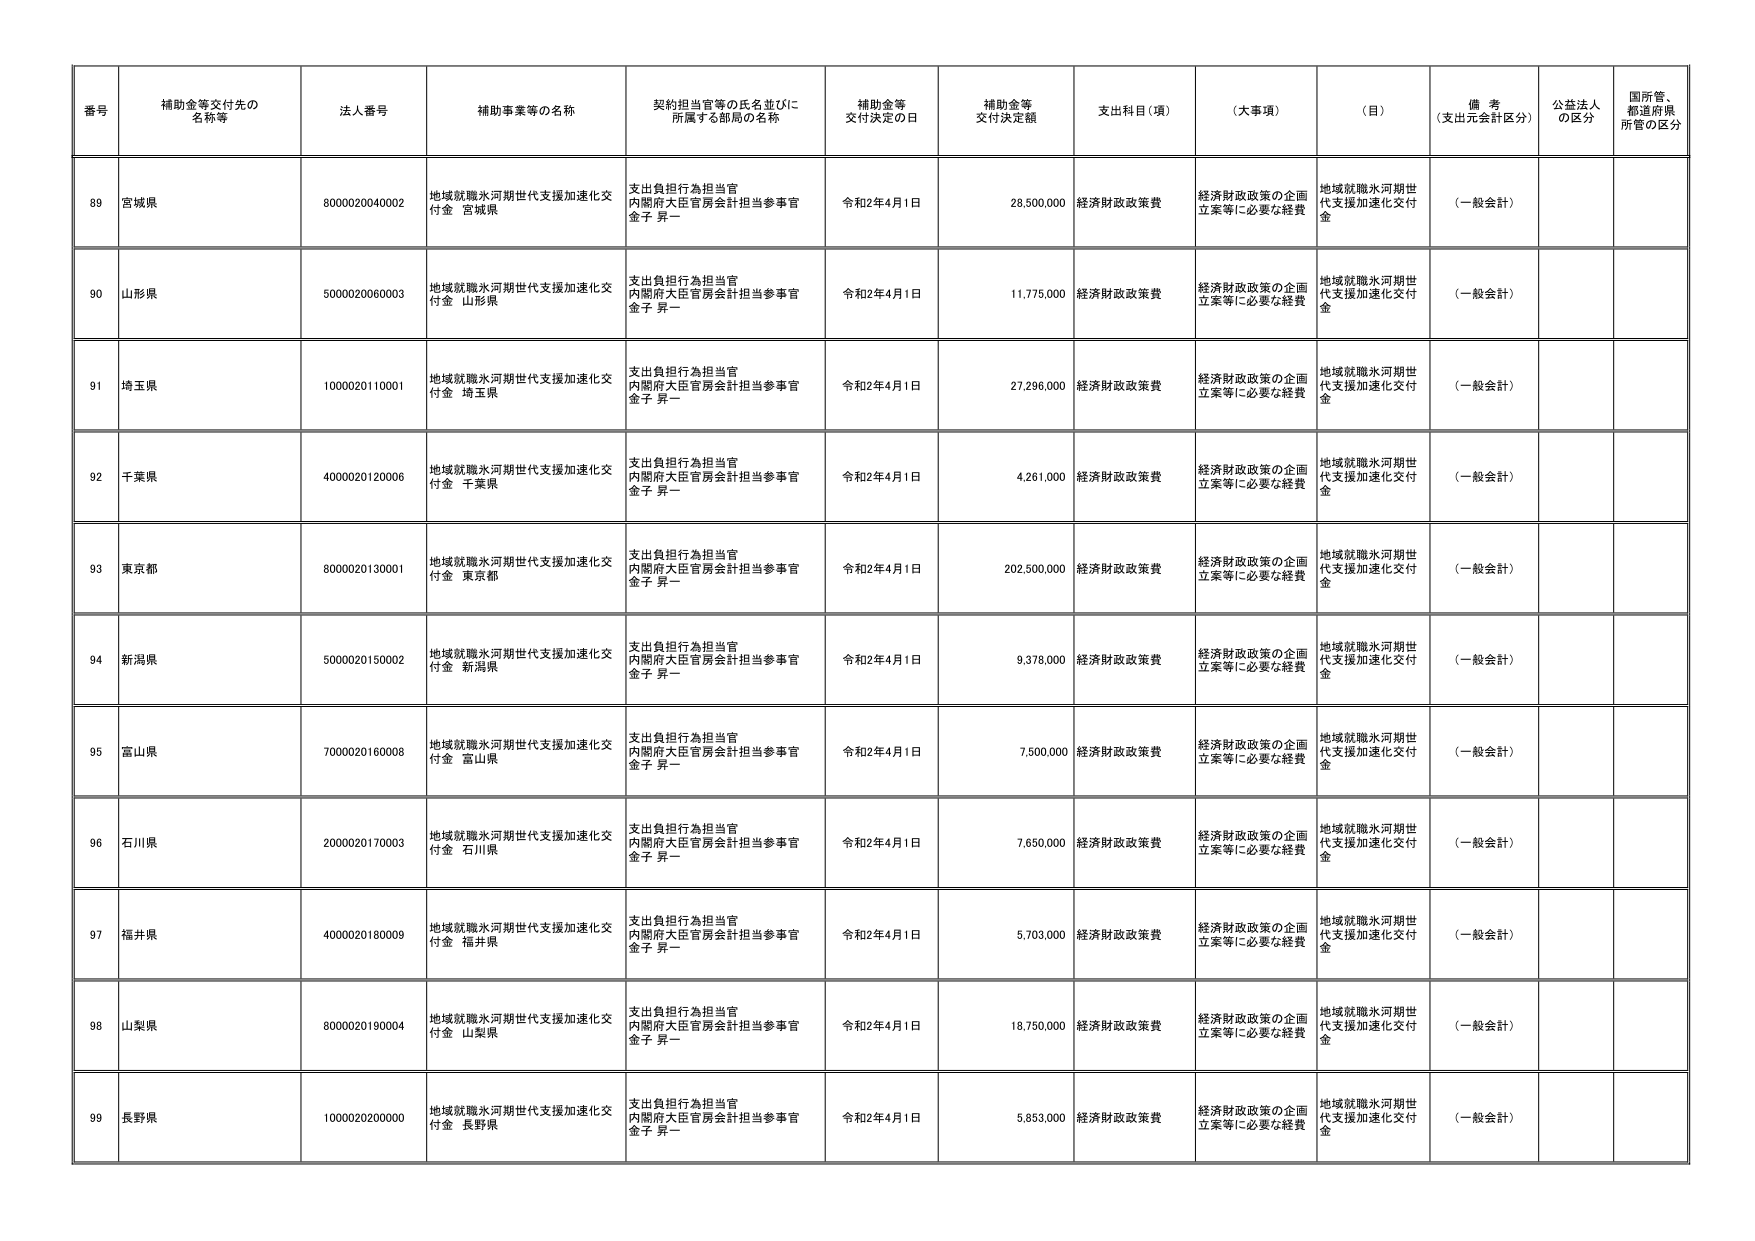
番号 補助金等交付先の名称等 法人番号 補助事業等の名称 契約担当官等の氏名並びに所属する部局の名称 補助金等交付決定の日 補助金等交付決定額 支出科目（項） （大事項） （目） 備考（支出元会計区分） 公益法人の区分 国所管、都道府県所管の区分
89 宮城県 8000020040002 地域就職氷河期世代支援加速化交付金 宮城県 支出負担行為担当官 内閣府大臣官房会計担当参事官 金子 昇一 令和2年4月1日 28,500,000 経済財政政策費 経済財政政策の企画立案等に必要な経費 地域就職氷河期世代支援加速化交付金 （一般会計）
90 山形県 5000020060003 地域就職氷河期世代支援加速化交付金 山形県 支出負担行為担当官 内閣府大臣官房会計担当参事官 金子 昇一 令和2年4月1日 11,775,000 経済財政政策費 経済財政政策の企画立案等に必要な経費 地域就職氷河期世代支援加速化交付金 （一般会計）
91 埼玉県 1000020110001 地域就職氷河期世代支援加速化交付金 埼玉県 支出負担行為担当官 内閣府大臣官房会計担当参事官 金子 昇一 令和2年4月1日 27,296,000 経済財政政策費 経済財政政策の企画立案等に必要な経費 地域就職氷河期世代支援加速化交付金 （一般会計）
92 千葉県 4000020120006 地域就職氷河期世代支援加速化交付金 千葉県 支出負担行為担当官 内閣府大臣官房会計担当参事官 金子 昇一 令和2年4月1日 4,261,000 経済財政政策費 経済財政政策の企画立案等に必要な経費 地域就職氷河期世代支援加速化交付金 （一般会計）
93 東京都 8000020130001 地域就職氷河期世代支援加速化交付金 東京都 支出負担行為担当官 内閣府大臣官房会計担当参事官 金子 昇一 令和2年4月1日 202,500,000 経済財政政策費 経済財政政策の企画立案等に必要な経費 地域就職氷河期世代支援加速化交付金 （一般会計）
94 新潟県 5000020150002 地域就職氷河期世代支援加速化交付金 新潟県 支出負担行為担当官 内閣府大臣官房会計担当参事官 金子 昇一 令和2年4月1日 9,378,000 経済財政政策費 経済財政政策の企画立案等に必要な経費 地域就職氷河期世代支援加速化交付金 （一般会計）
95 富山県 7000020160008 地域就職氷河期世代支援加速化交付金 富山県 支出負担行為担当官 内閣府大臣官房会計担当参事官 金子 昇一 令和2年4月1日 7,500,000 経済財政政策費 経済財政政策の企画立案等に必要な経費 地域就職氷河期世代支援加速化交付金 （一般会計）
96 石川県 2000020170003 地域就職氷河期世代支援加速化交付金 石川県 支出負担行為担当官 内閣府大臣官房会計担当参事官 金子 昇一 令和2年4月1日 7,650,000 経済財政政策費 経済財政政策の企画立案等に必要な経費 地域就職氷河期世代支援加速化交付金 （一般会計）
97 福井県 4000020180009 地域就職氷河期世代支援加速化交付金 福井県 支出負担行為担当官 内閣府大臣官房会計担当参事官 金子 昇一 令和2年4月1日 5,703,000 経済財政政策費 経済財政政策の企画立案等に必要な経費 地域就職氷河期世代支援加速化交付金 （一般会計）
98 山梨県 8000020190004 地域就職氷河期世代支援加速化交付金 山梨県 支出負担行為担当官 内閣府大臣官房会計担当参事官 金子 昇一 令和2年4月1日 18,750,000 経済財政政策費 経済財政政策の企画立案等に必要な経費 地域就職氷河期世代支援加速化交付金 （一般会計）
99 長野県 1000020200000 地域就職氷河期世代支援加速化交付金 長野県 支出負担行為担当官 内閣府大臣官房会計担当参事官 金子 昇一 令和2年4月1日 5,853,000 経済財政政策費 経済財政政策の企画立案等に必要な経費 地域就職氷河期世代支援加速化交付金 （一般会計）